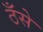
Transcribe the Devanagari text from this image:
ठँसे